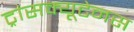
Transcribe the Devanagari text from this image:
ट्रांसक्यूटेनस